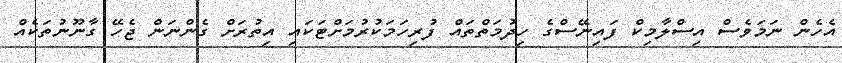
އެހެން ނަމަވެސް އިސްލާމިކް ފައިނޭސްގެ ހިދުމަތްތައް ފުރިހަމަކުރުމަށްޓަކައި އިތުރަށް ގެންނަން ޖެހޭ ގާނޫނުތަކެއް